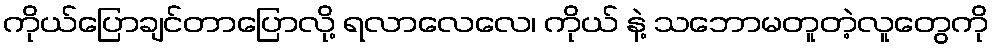
ကိုယ်ပြောချင်တာပြောလို့ ရလာလေလေ၊ ကိုယ် နဲ့ သဘောမတူတဲ့လူတွေကို